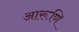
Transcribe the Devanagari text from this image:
आरूणि